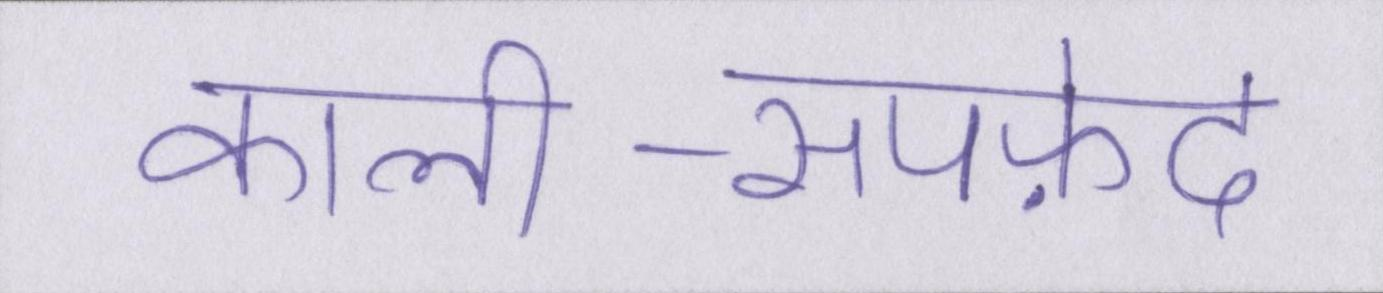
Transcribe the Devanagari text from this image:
काली-सपफ़ेद